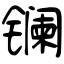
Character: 镧